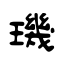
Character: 璣